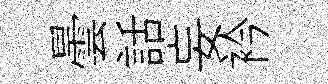
曇話妄衿